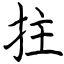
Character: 拄